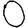
Digit: 0